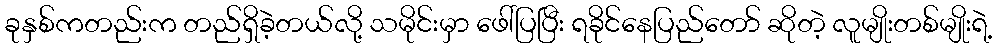
ခုနှစ်ကတည်းက တည်ရှိခဲ့တယ်လို့ သမိုင်းမှာ ဖေါ်ပြပြီး ရခိုင်နေပြည်တော် ဆိုတဲ့ လူမျိုးတစ်မျိုးရဲ့